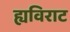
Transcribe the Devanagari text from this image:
ह्यविराट